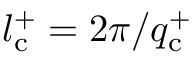
l _ { \mathrm { c } } ^ { + } = 2 \pi / q _ { \mathrm { c } } ^ { + }